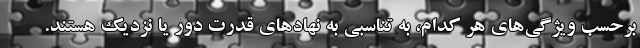
برحسب ویژگی‌های هر کدام، به تناسبی به نهادهای قدرت دور یا نزدیک هستند.